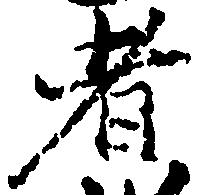
者